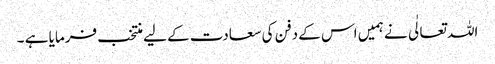
اللہ تعالٰی نے ہمیں اس کے دفن کی سعادت کے لیے منتخب فرمایا ہے ۔